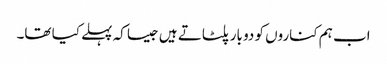
اب ہم کناروں کو دو بار پلٹاتے ہیں جیسا کہ پہلے کیا تھا۔